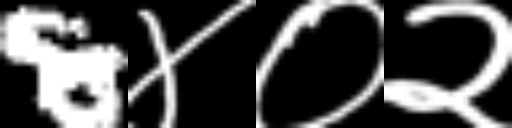
Text: 8४०२